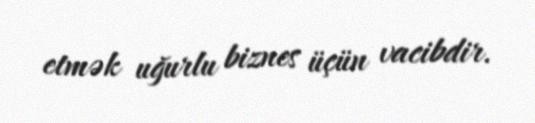
etmək uğurlu biznes üçün vacibdir.